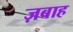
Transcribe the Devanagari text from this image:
ज़बाह